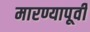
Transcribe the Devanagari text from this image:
मारण्यापूर्वी